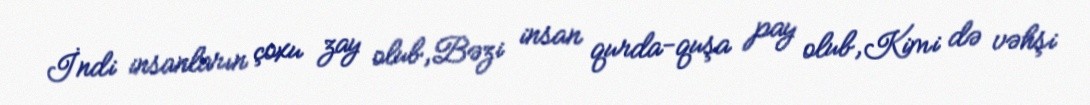
İndi insanların çoxu zay olub,Bəzi insan qurda-quşa pay olub,Kimi də vəhşi